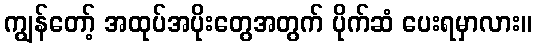
ကျွန်တော့် အထုပ်အပိုးတွေအတွက် ပိုက်ဆံ ပေးရမှာလား။